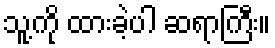
သူ့ကို ထားခဲ့ပါ ဆရာကြီး။